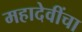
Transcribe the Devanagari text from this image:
महादेवींचा